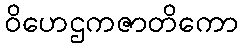
ဝိဟေဌကဇာတိကော